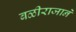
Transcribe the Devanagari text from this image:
बळीराजाने